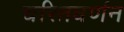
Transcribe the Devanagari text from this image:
चरितवर्णन